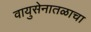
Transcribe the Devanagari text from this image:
वायुसेनातळाचा